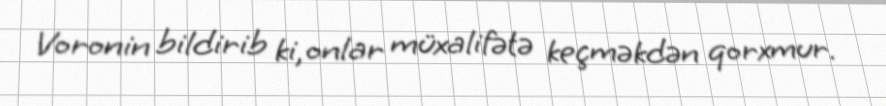
Voronin bildirib ki, onlar müxalifətə keçməkdən qorxmur.